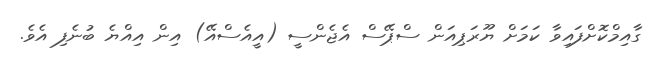
ގާއިމްކޮށްފައިވާ ކަމަށް ޔޫރަޕިއަން ސްޕޭސް އެޖެންސީ (އީއެސްއޭ) އިން އިއްޔެ ބުނެފި އެވެ.